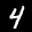
Label: 4